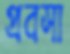
প্রবসা